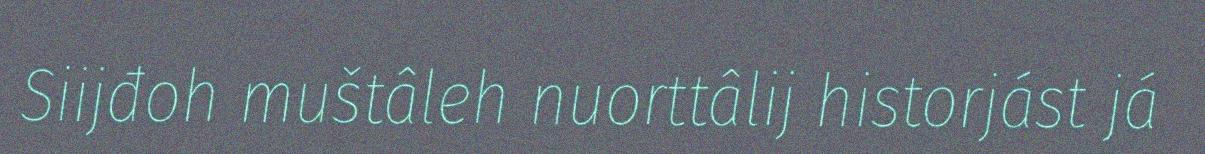
Siijđoh muštâleh nuorttâlij historjást já